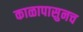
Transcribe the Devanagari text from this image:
काळापासुनच